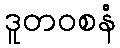
ဒူတဝစနံ